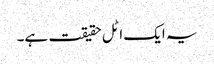
یہ ایک اٹل حقیقت ہے۔